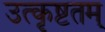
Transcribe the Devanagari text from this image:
उत्कृष्टतम्